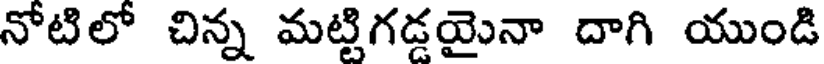
నోటిలో చిన్న మట్టిగడ్డయైనా దాగి యుండి